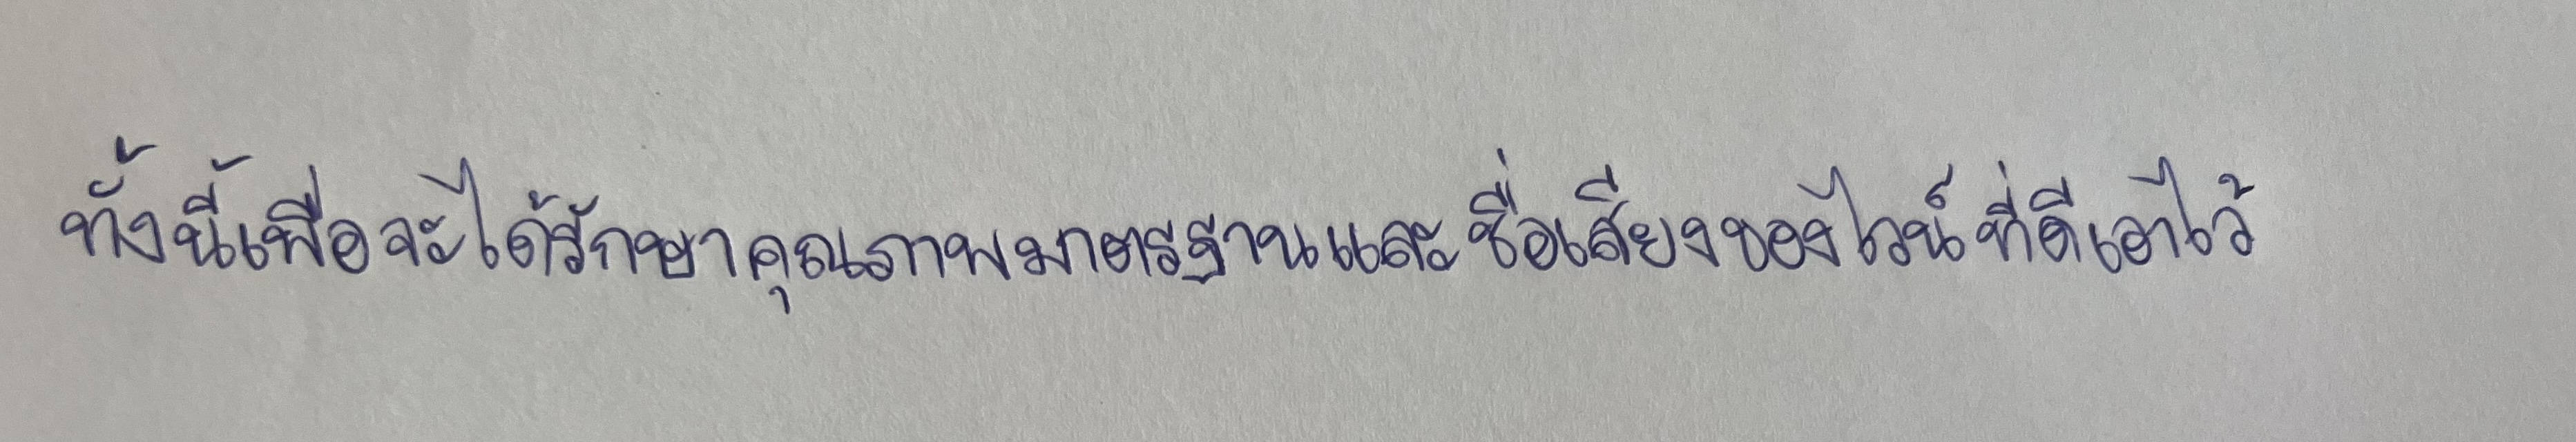
ทั้งนี้เพื่อจะได้รักษาคุณภาพมาตรฐานและชื่อเสียงของไวน์ที่ดีเอาไว้